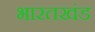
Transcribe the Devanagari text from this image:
भारतखंड